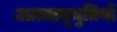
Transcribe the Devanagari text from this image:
आत्मानूभुतियों